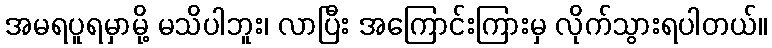
အမရပူရမှာမို့ မသိပါဘူး၊ လာပြီး အကြောင်းကြားမှ လိုက်သွားရပါတယ်။